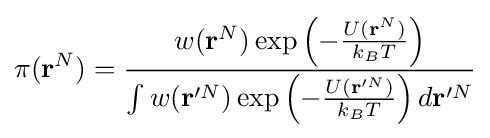
\pi (\mathbf {r} ^{N})={\frac {w({\textbf {r}}^{N})\exp {\left(-{\frac {U(\mathbf {r} ^{N})}{k_{B}T}}\right)}}{\int {w(\mathbf {r} '^{N})\exp {\left(-{\frac {U(\mathbf {r} '^{N})}{k_{B}T}}\right)}\,d\mathbf {r} '^{N}}}}